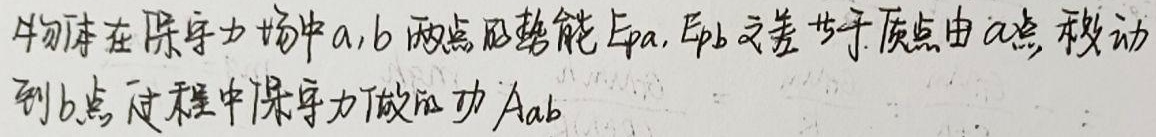
物体在保守力场中\(a\)，\(b\)两点的势能\(E_{p\text{a}}\)，\(E_{p\text{b}}\)之差等于质点由\(a\)点移动到\(b\)点过程中保守力做的功\(A_{\text{ab}}\)。